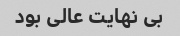
بی نهایت عالی بود